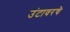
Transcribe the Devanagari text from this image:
उंटावरचे